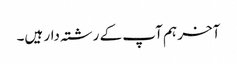
آخر ہم آپ کے رشتہ دار ہیں۔